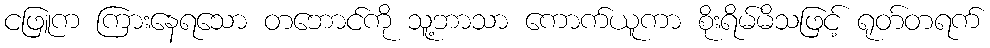
ငဖြူက ကြားနေရသော တဘောင်ကို သူ့ဘာသာ ကောက်ယူကာ စိုးရိမ်မိသဖြင့် ရုတ်တရက်